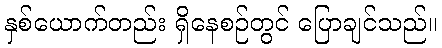
နှစ်ယောက်တည်း ရှိနေစဉ်တွင် ပြောချင်သည်။